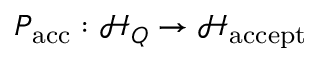
P _ { \mathrm { a c c } } : { \mathcal { H } } _ { Q } \to { \mathcal { H } } _ { \mathrm { a c c e p t } }